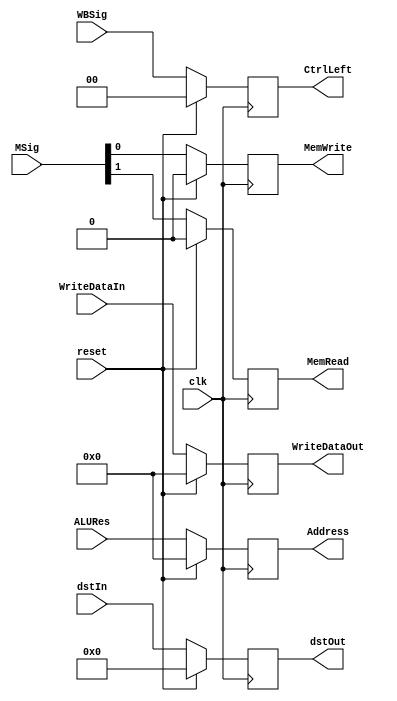
`timescale 1ns / 1ps
//////////////////////////////////////////////////////////////////////////////////
// Company: 
// Engineer: 
// 
// Design Name: 
// Module Name: EX_MEM
// Project Name: 
// Target Devices: 
// Tool Versions: 
// Description: 
// 
// Dependencies: 
// 
// Revision:
// Revision 0.01 - File Created
// Additional Comments:
// 
//////////////////////////////////////////////////////////////////////////////////


module EX_MEM(
input clk, reset,
input [1:0] WBSig,
input [1:0] MSig,
input [31:0] ALURes,WriteDataIn,
input [4:0] dstIn,
output reg [1:0] CtrlLeft,
output reg MemRead, MemWrite,
output reg [31:0] Address, WriteDataOut,
output reg [4:0] dstOut);


always@(posedge clk)
begin
if(reset)
{CtrlLeft,MemRead, MemWrite,Address, WriteDataOut,dstOut} <= 0;
else begin
CtrlLeft <= WBSig;
MemRead <= MSig[1];
MemWrite <= MSig[0];
Address <= ALURes;
WriteDataOut <= WriteDataIn;
dstOut <= dstIn;
end
end
endmodule